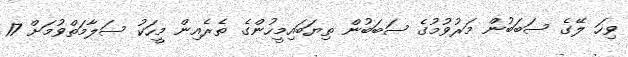
ވިހަ ލޭގެ ސަބަބުން މަރުވުމުގެ ސަބަބުން ތިޔަބައިމީހުންގެ ތެރެއިން މީހަކު ސަލާމަތްވުމަށް 17